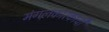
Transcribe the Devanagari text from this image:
मंगलकारकांची